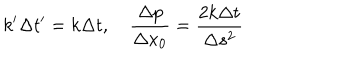
LaTeX: k ^ { \prime } \Delta t ^ { \prime } = k \Delta t , \quad { \frac { \Delta p } { \Delta x _ { 0 } } } = { \frac { 2 k \Delta t } { \Delta s ^ { 2 } } }